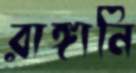
রাঙ্গানি